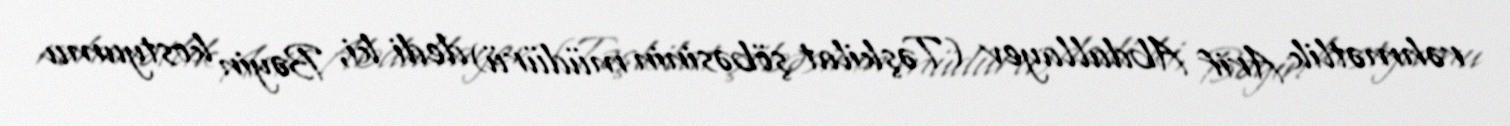
rəhmətlik Arif Abdullayev (Təşkilat şöbəsinin müdürü) dedi ki, Bəyin kostyumu